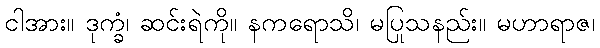
ငါအား။ ဒုက္ခံ၊ ဆင်းရဲကို။ နကရောသိ၊ မပြုသနည်း။ မဟာရာဇ၊